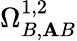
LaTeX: \Omega_{B,\mathbf{A}B}^{1,2}